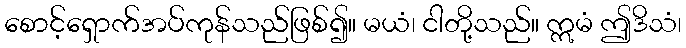
စောင့်ရှောက်အပ်ကုန်သည်ဖြစ်၍။ မယံ၊ ငါတို့သည်။ ဣမံ ဤဒိသံ၊